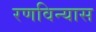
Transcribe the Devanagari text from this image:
रणविन्यास